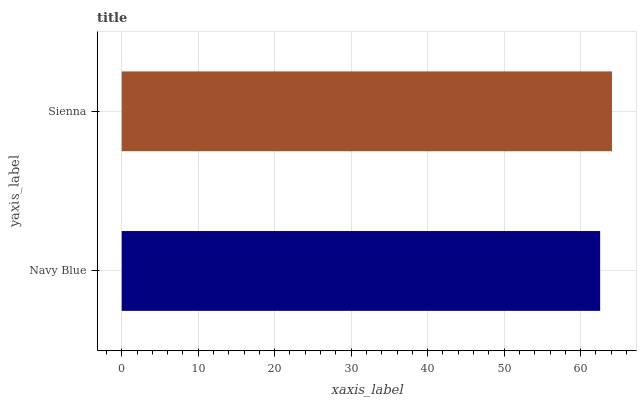
| yaxis_label | bars |
 | --- | --- |
 | Navy Blue | 62.5 |
 | Sienna | 64.1 |